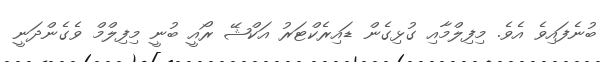
ބުނެފައިވެ އެވެ. މިފިލްމާއި ގުޅިގެން ޑައިރެކްޓަރު އަކްޝޭ ރޯއީ ބުނީ މިފިލްމް ވެގެންދަނީ